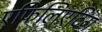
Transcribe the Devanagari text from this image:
एफिलिएटिंग